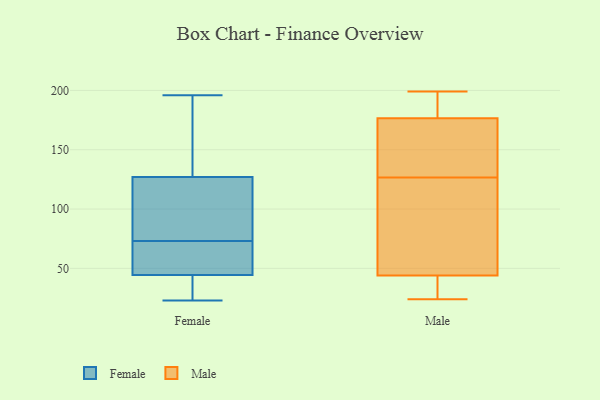
{"axis": {"x": "Backlog", "y": "Value"}, "legend": ["Female", "Male"], "data": [{"x": "", "y": 122, "type": "Female"}, {"x": "", "y": 91, "type": "Female"}, {"x": "", "y": 23, "type": "Female"}, {"x": "", "y": 115, "type": "Female"}, {"x": "", "y": 132, "type": "Female"}, {"x": "", "y": 55, "type": "Female"}, {"x": "", "y": 49, "type": "Female"}, {"x": "", "y": 40, "type": "Female"}, {"x": "", "y": 35, "type": "Female"}, {"x": "", "y": 53, "type": "Female"}, {"x": "", "y": 196, "type": "Female"}, {"x": "", "y": 159, "type": "Female"}, {"x": "", "y": 114, "type": "Male"}, {"x": "", "y": 163, "type": "Male"}, {"x": "", "y": 52, "type": "Male"}, {"x": "", "y": 37, "type": "Male"}, {"x": "", "y": 199, "type": "Male"}, {"x": "", "y": 37, "type": "Male"}, {"x": "", "y": 141, "type": "Male"}, {"x": "", "y": 51, "type": "Male"}, {"x": "", "y": 190, "type": "Male"}, {"x": "", "y": 24, "type": "Male"}, {"x": "", "y": 139, "type": "Male"}, {"x": "", "y": 191, "type": "Male"}]}